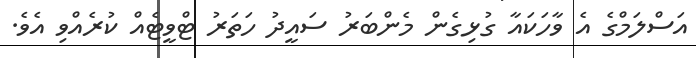
އަސްލަމްގެ އެ ވާހަކައާ ގުޅިގެން މެންބަރު ސައީދު ހަތަރު ޓްވީޓެއް ކުރެއްވި އެވެ.